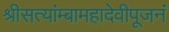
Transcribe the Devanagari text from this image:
श्रीसत्यांम्बामहादेवीपूजनं